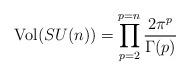
LaTeX: \begin{align*}\mbox{Vol}(SU(n))=\prod_{p=2}^{p=n}\frac{2\pi^{p}}{\Gamma(p)}\end{align*}